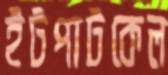
ইটপাটকেল